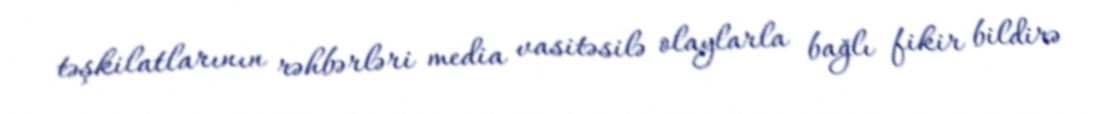
təşkilatlarının rəhbərləri media vasitəsilə olaylarla bağlı fikir bildirə